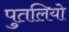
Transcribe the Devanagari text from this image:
पुतलियो